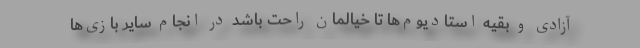
آزادی و بقیه استادیوم‌ها تا خیالمان راحت باشد در انجام سایر بازی‌ها